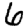
Digit: 6